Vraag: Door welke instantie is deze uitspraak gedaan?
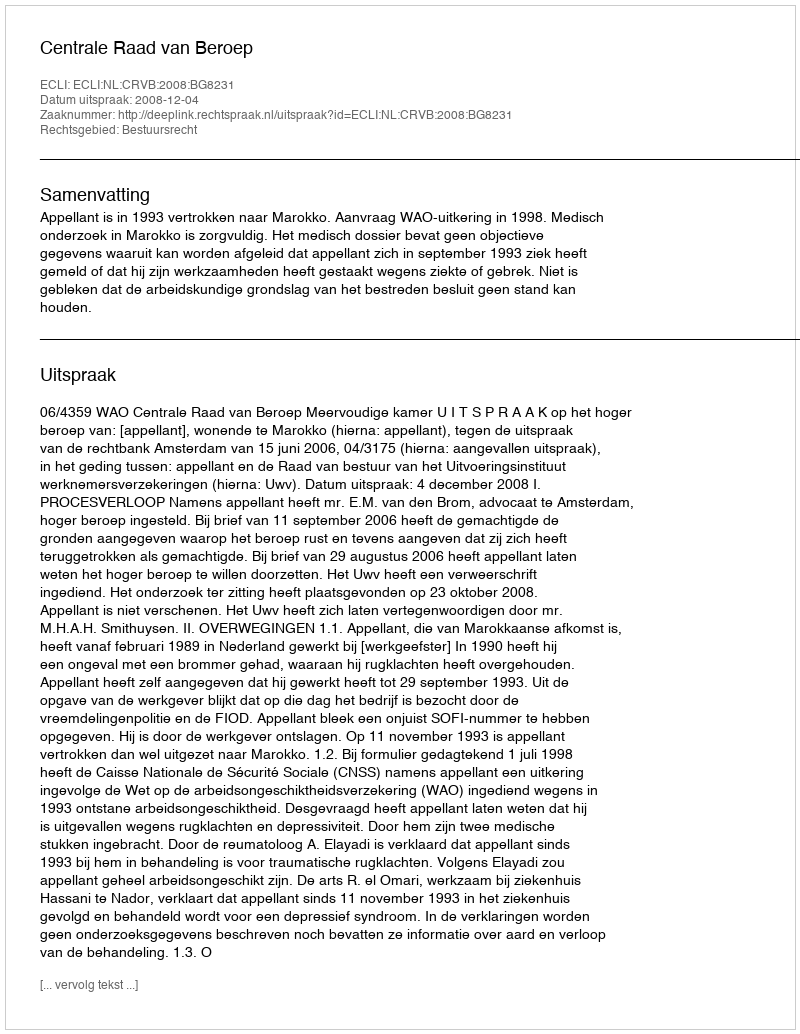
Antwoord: Centrale Raad van Beroep